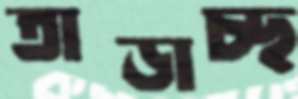
তাড়াচ্ছ